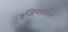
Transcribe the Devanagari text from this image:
इजिप्तातील